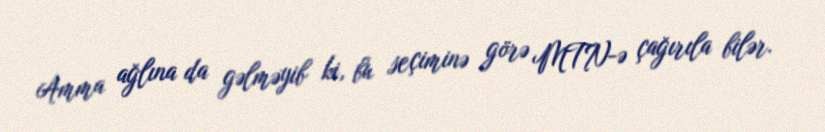
Amma ağlına da gəlməyib ki, bu seçiminə görə MTN-ə çağırıla bilər.